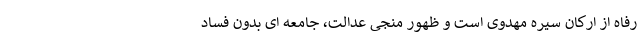
رفاه از ارکان سیره مهدوی است و ظهور منجی عدالت، جامعه ای بدون فساد